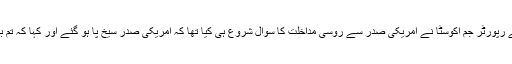
وائٹ ہائوس میں عالمی نشریاتی ادارے سی این این کے رپورٹر جم اکوسٹا نے امریکی صدر سے روسی مداخلت کا سوال شروع ہی کیا تھا کہ امریکی صدر سیخ پا ہو گئے اور کہا کہ تم بدتمیز اور گھٹیا شخص ہو اور عوام کے دشمن بھی ہو ۔